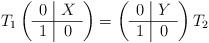
LaTeX: \begin{align*}T_1 \left( \begin{array}{c|c} 0 & X \\\hline 1 & 0 \\ \end{array} \right)=\left( \begin{array}{c|c} 0 & Y \\\hline 1 & 0 \\ \end{array} \right)T_2\end{align*}